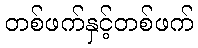
တစ်ဖက်နှင့်တစ်ဖက်